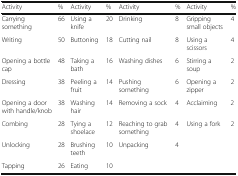
<table><thead><tr><td><b>Activity</b></td><td><b>%</b></td><td><b>Activity</b></td><td><b>%</b></td><td><b>Activity</b></td><td><b>%</b></td><td><b>Activity</b></td><td><b>%</b></td></tr></thead><tbody><tr><td>Carrying something</td><td>66</td><td>Using a knife</td><td>20</td><td>Drinking</td><td>8</td><td>Gripping small objects</td><td>4</td></tr><tr><td>Writing</td><td>50</td><td>Buttoning</td><td>18</td><td>Cutting nail</td><td>8</td><td>Using a scissors</td><td>4</td></tr><tr><td>Opening a bottle cap</td><td>48</td><td>Taking a bath</td><td>16</td><td>Washing dishes</td><td>6</td><td>Stirring a soup</td><td>2</td></tr><tr><td>Dressing</td><td>38</td><td>Peeling a fruit</td><td>14</td><td>Pushing something</td><td>6</td><td>Opening a zipper</td><td>2</td></tr><tr><td>Opening a door with handle/knob</td><td>38</td><td>Washing hair</td><td>14</td><td>Removing a sock</td><td>4</td><td>Acclaiming</td><td>2</td></tr><tr><td>Combing</td><td>28</td><td>Tying a shoelace</td><td>12</td><td>Reaching to grab something</td><td>4</td><td>Using a fork</td><td>2</td></tr><tr><td>Unlocking</td><td>28</td><td>Brushing teeth</td><td>10</td><td>Unpacking</td><td>4</td><td></td><td></td></tr><tr><td>Tapping</td><td>26</td><td>Eating</td><td>10</td><td></td><td></td><td></td><td></td></tr></tbody></table>